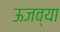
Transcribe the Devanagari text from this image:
ऊजव्या